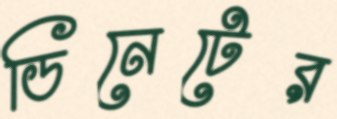
ডিনেটের